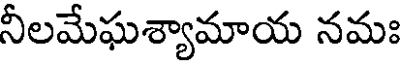
నీలమేఘశ్యామాయ నమః